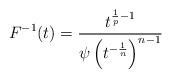
LaTeX: \begin{align*}F^{-1}(t) = \frac{t^{\frac1p-1}}{\psi \left(t^{- \frac{1}{n}} \right)^{n-1}}\end{align*}